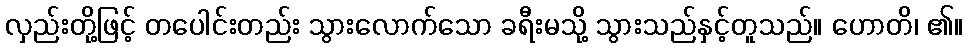
လှည်းတို့ဖြင့် တပေါင်းတည်း သွားလောက်သော ခရီးမသို့ သွားသည်နှင့်တူသည်။ ဟောတိ၊ ၏။